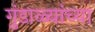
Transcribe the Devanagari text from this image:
गुंडाळ्यांच्या